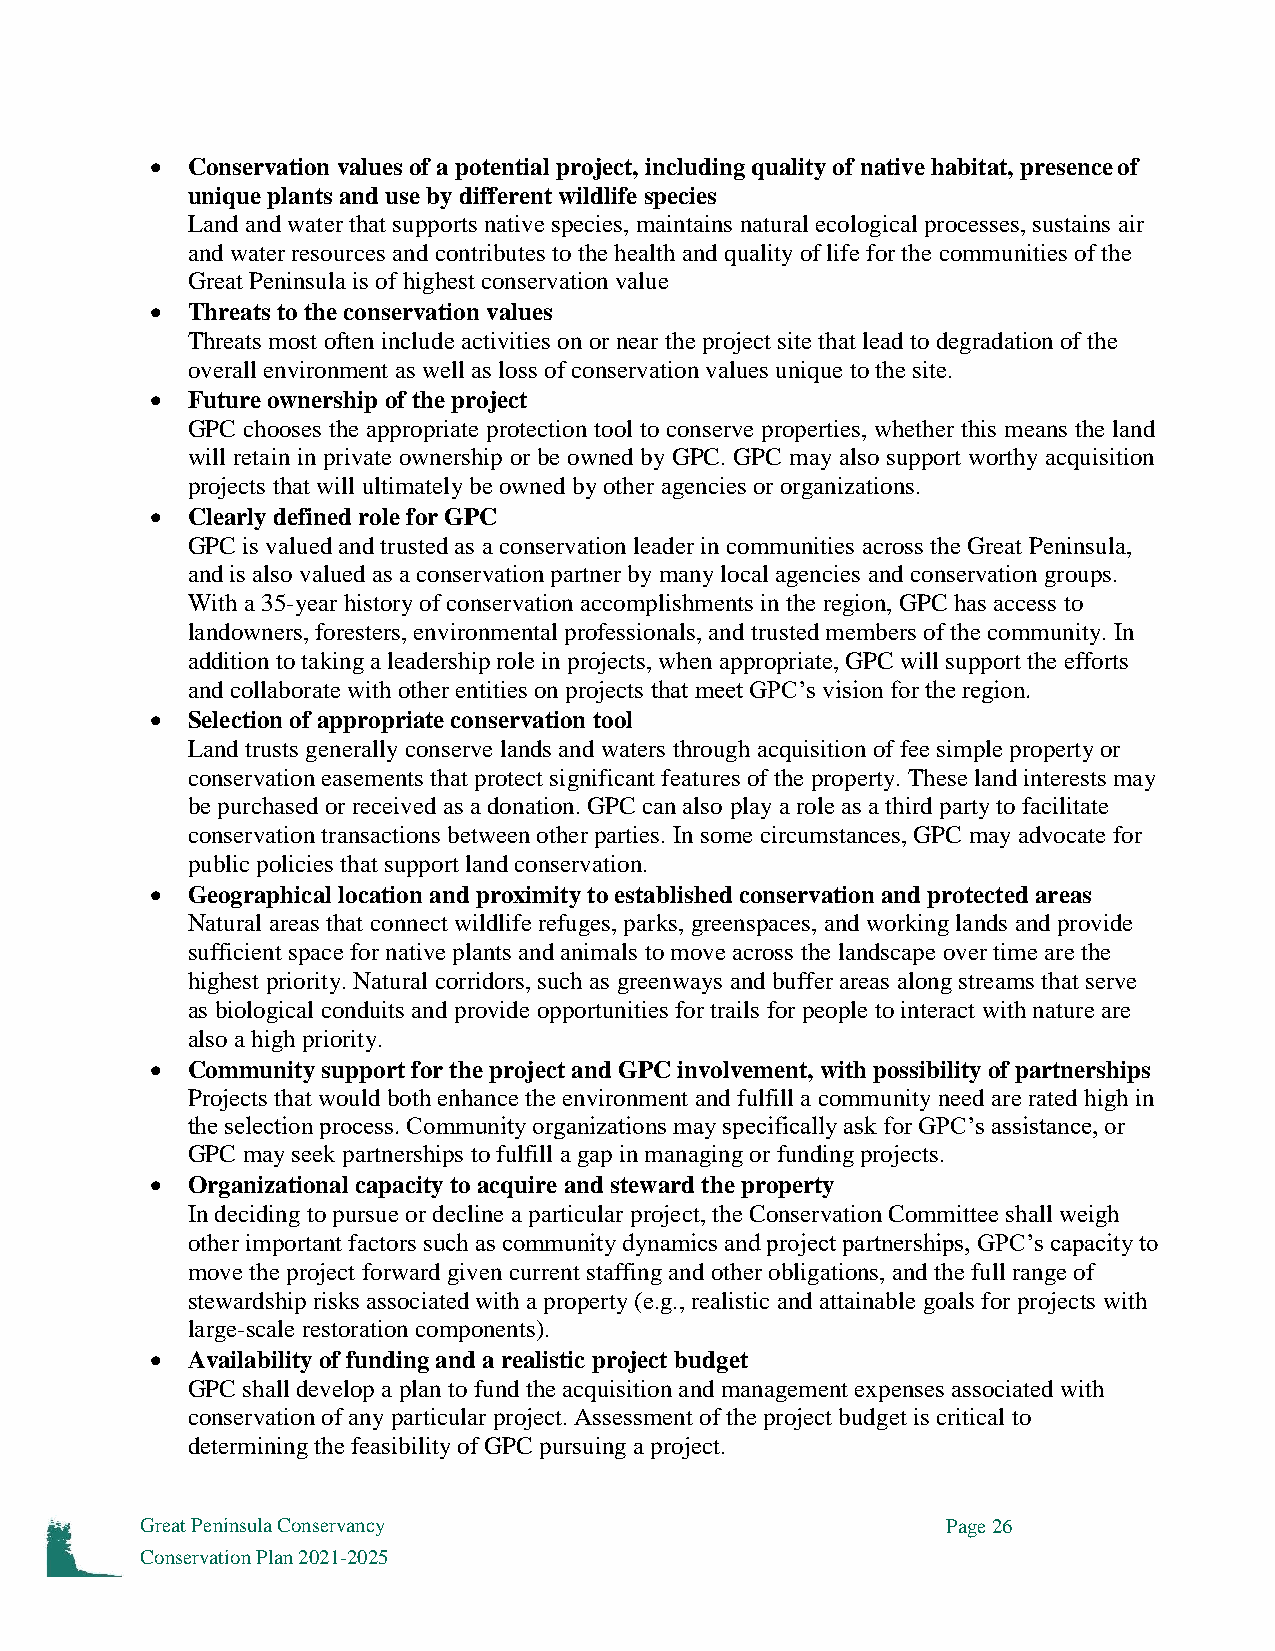
 Conservation values of a potential project, including quality of native habitat, presence of
 unique plants and use by different wildlife species
 Land and water that supports native species, maintains natural ecological processes, sustains air
 and water resources and contributes to the health and quality of life for the communities of the
 Great Peninsula is of highest conservation value
  Threats to the conservation values
 Threats most often include activities on or near the project site that lead to degradation of the
 overall environment as well as loss of conservation values unique to the site.
  Future ownership of the project
 GPC chooses the appropriate protection tool to conserve properties, whether this means the land
 will retain in private ownership or be owned by GPC. GPC may also support worthy acquisition
 projects that will ultimately be owned by other agencies or organizations.
  Clearly defined role for GPC
 GPC is valued and trusted as a conservation leader in communities across the Great Peninsula,
 and is also valued as a conservation partner by many local agencies and conservation groups.
 With a 35-year history of conservation accomplishments in the region, GPC has access to
 landowners, foresters, environmental professionals, and trusted members of the community. In
 addition to taking a leadership role in projects, when appropriate, GPC will support the efforts
 and collaborate with other entities on projects that meet GPC’s vision for the region.
  Selection of appropriate conservation tool
 Land trusts generally conserve lands and waters through acquisition of fee simple property or
 conservation easements that protect significant features of the property. These land interests may
 be purchased or received as a donation. GPC can also play a role as a third party to facilitate
 conservation transactions between other parties. In some circumstances, GPC may advocate for
 public policies that support land conservation.
  Geographical location and proximity to established conservation and protected areas
 Natural areas that connect wildlife refuges, parks, greenspaces, and working lands and provide
 sufficient space for native plants and animals to move across the landscape over time are the
 highest priority. Natural corridors, such as greenways and buffer areas along streams that serve
 as biological conduits and provide opportunities for trails for people to interact with nature are
 also a high priority.
  Community support for the project and GPC involvement, with possibility of partnerships
 Projects that would both enhance the environment and fulfill a community need are rated high in
 the selection process. Community organizations may specifically ask for GPC’s assistance, or
 GPC may seek partnerships to fulfill a gap in managing or funding projects.
  Organizational capacity to acquire and steward the property
 In deciding to pursue or decline a particular project, the Conservation Committee shall weigh
 other important factors such as community dynamics and project partnerships, GPC’s capacity to
 move the project forward given current staffing and other obligations, and the full range of
 stewardship risks associated with a property (e.g., realistic and attainable goals for projects with
 large-scale restoration components).
  Availability of funding and a realistic project budget
 GPC shall develop a plan to fund the acquisition and management expenses associated with
 conservation of any particular project. Assessment of the project budget is critical to
 determining the feasibility of GPC pursuing a project.
 Great Peninsula Conservancy                           Page 26
 Conservation Plan 2021-2025